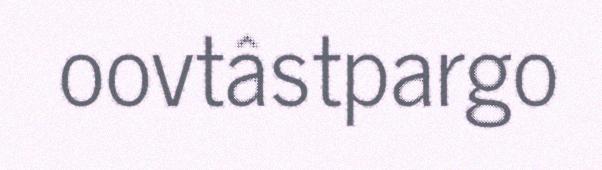
oovtâstpargo